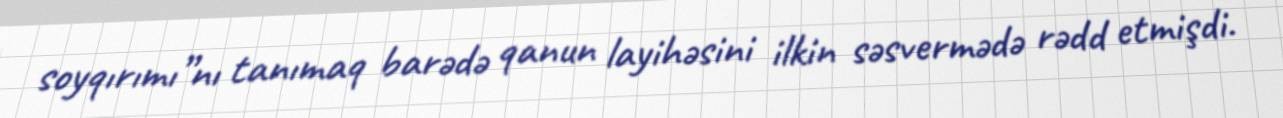
soyqırımı”nı tanımaq barədə qanun layihəsini ilkin səsvermədə rədd etmişdi.